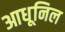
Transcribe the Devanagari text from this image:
आधूनिल